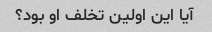
آیا این اولین تخلف او بود؟